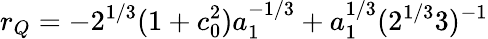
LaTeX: r_{Q}=-2^{1/3}(1+c_{0}^{2})a_{1}^{-1/3}+a_{1}^{1/3}(2^{1/3}3)^{-1}